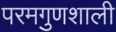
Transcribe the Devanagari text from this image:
परमगुणशाली